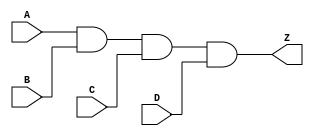
module notech_and4 (A,B,C,D,Z);
input A,B,C,D;
output Z;
assign Z=A&B&C&D;
endmodule